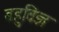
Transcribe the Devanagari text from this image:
बहुविज्ञ